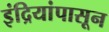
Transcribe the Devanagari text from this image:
इंद्रियांपासून